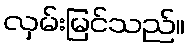
လှမ်းမြင်သည်။